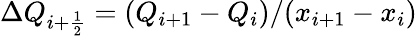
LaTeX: \Delta Q_{i+\frac{1}{2}}=(Q_{i+1}-Q_{i})/(x_{i+1}-x_{i})